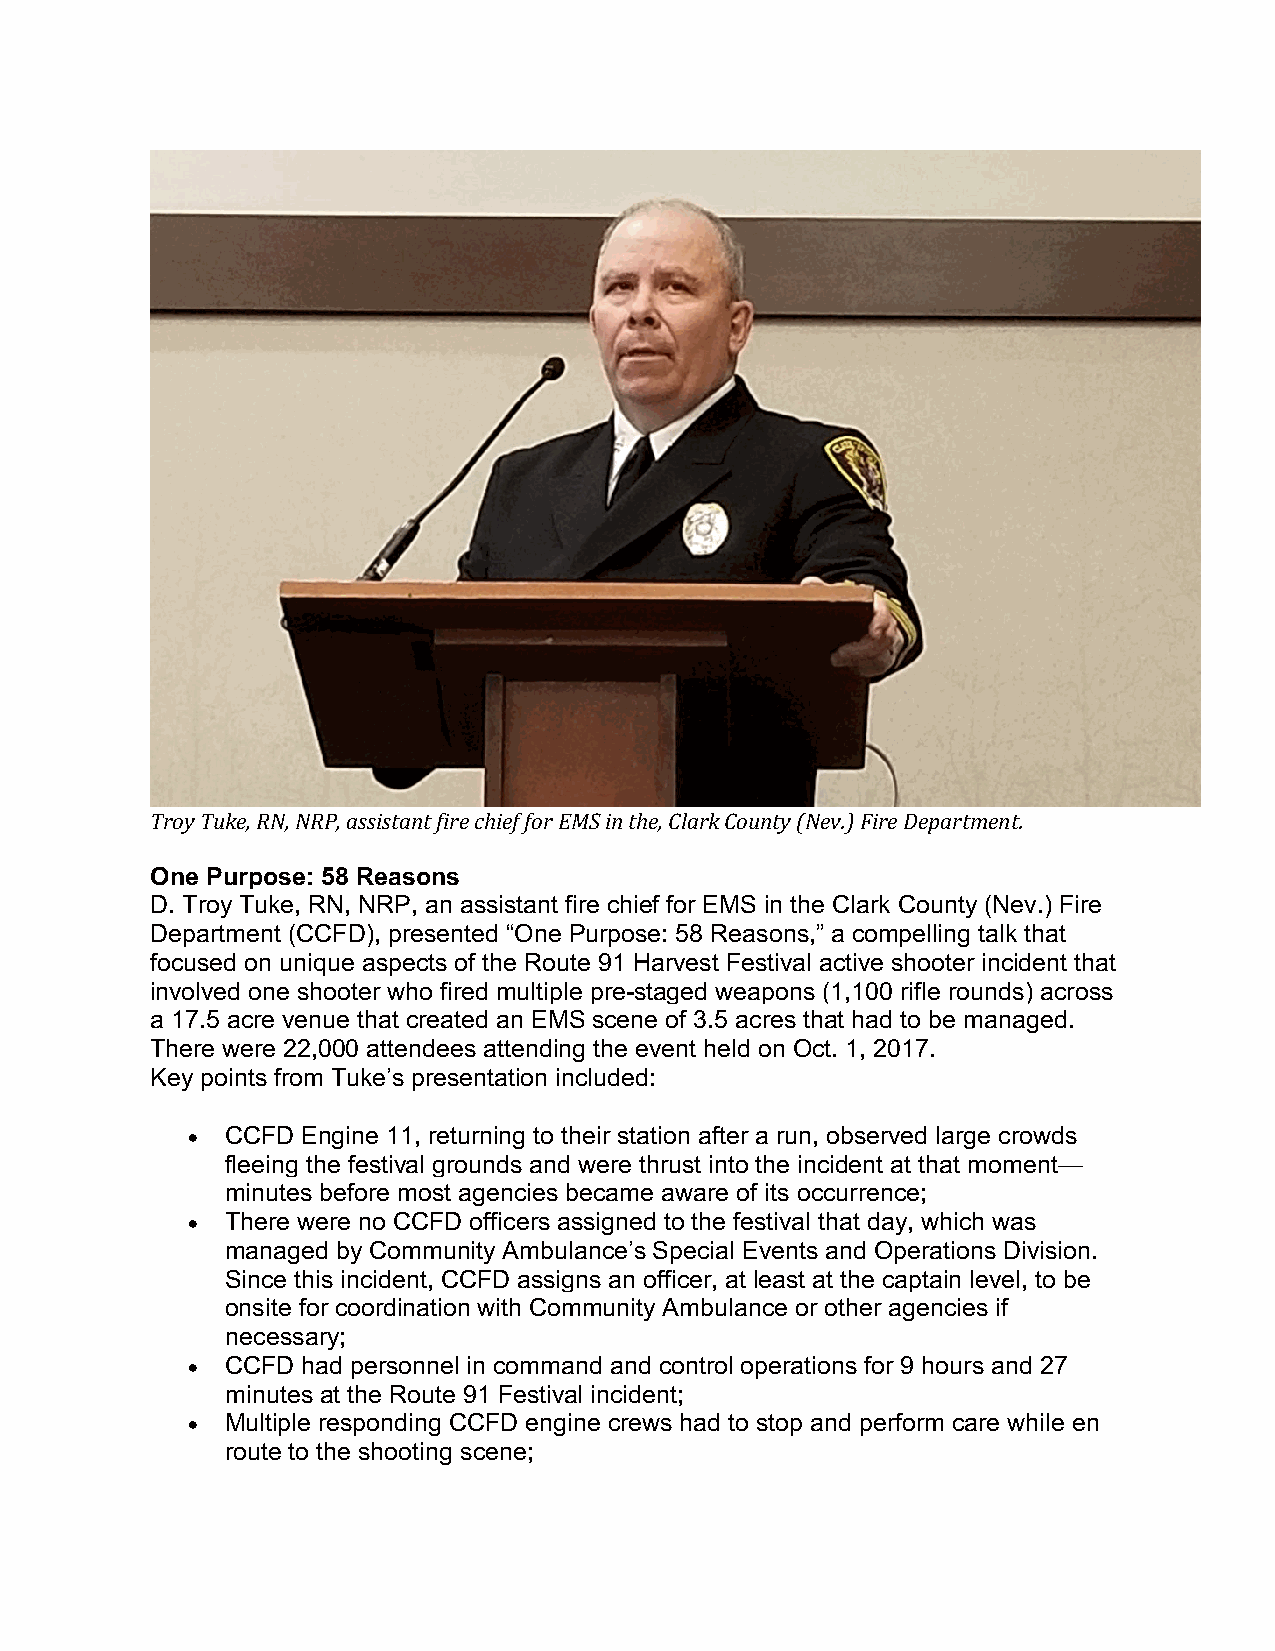
Troy Tuke, RN, NRP, assistant fire chief for EMS in the, Clark County (Nev.) Fire Department.
 One Purpose: 58 Reasons
 D. Troy Tuke, RN, NRP, an assistant fire chief for EMS in the Clark County (Nev.) Fire
 Department (CCFD), presented “One Purpose: 58 Reasons,” a compelling talk that
 focused on unique aspects of the Route 91 Harvest Festival active shooter incident that
 involved one shooter who fired multiple pre-staged weapons (1,100 rifle rounds) across
 a 17.5 acre venue that created an EMS scene of 3.5 acres that had to be managed.
 There were 22,000 attendees attending the event held on Oct. 1, 2017.
 Key points from Tuke’s presentation included:
 •  CCFD Engine 11, returning to their station after a run, observed large crowds
 fleeing the festival grounds and were thrust into the incident at that moment—
 minutes before most agencies became aware of its occurrence;
 •  There were no CCFD officers assigned to the festival that day, which was
 managed by Community Ambulance’s Special Events and Operations Division.
 Since this incident, CCFD assigns an officer, at least at the captain level, to be
 onsite for coordination with Community Ambulance or other agencies if
 necessary;
 •  CCFD had personnel in command and control operations for 9 hours and 27
 minutes at the Route 91 Festival incident;
 •  Multiple responding CCFD engine crews had to stop and perform care while en
 route to the shooting scene;